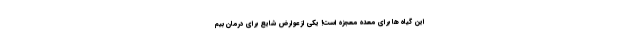
این گیاه ها برای معده معجزه است! یکی از عوارض شایع برای درمان بیم